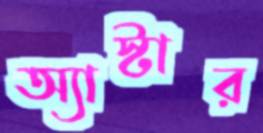
অ্যাস্টার